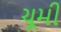
ચૂમી